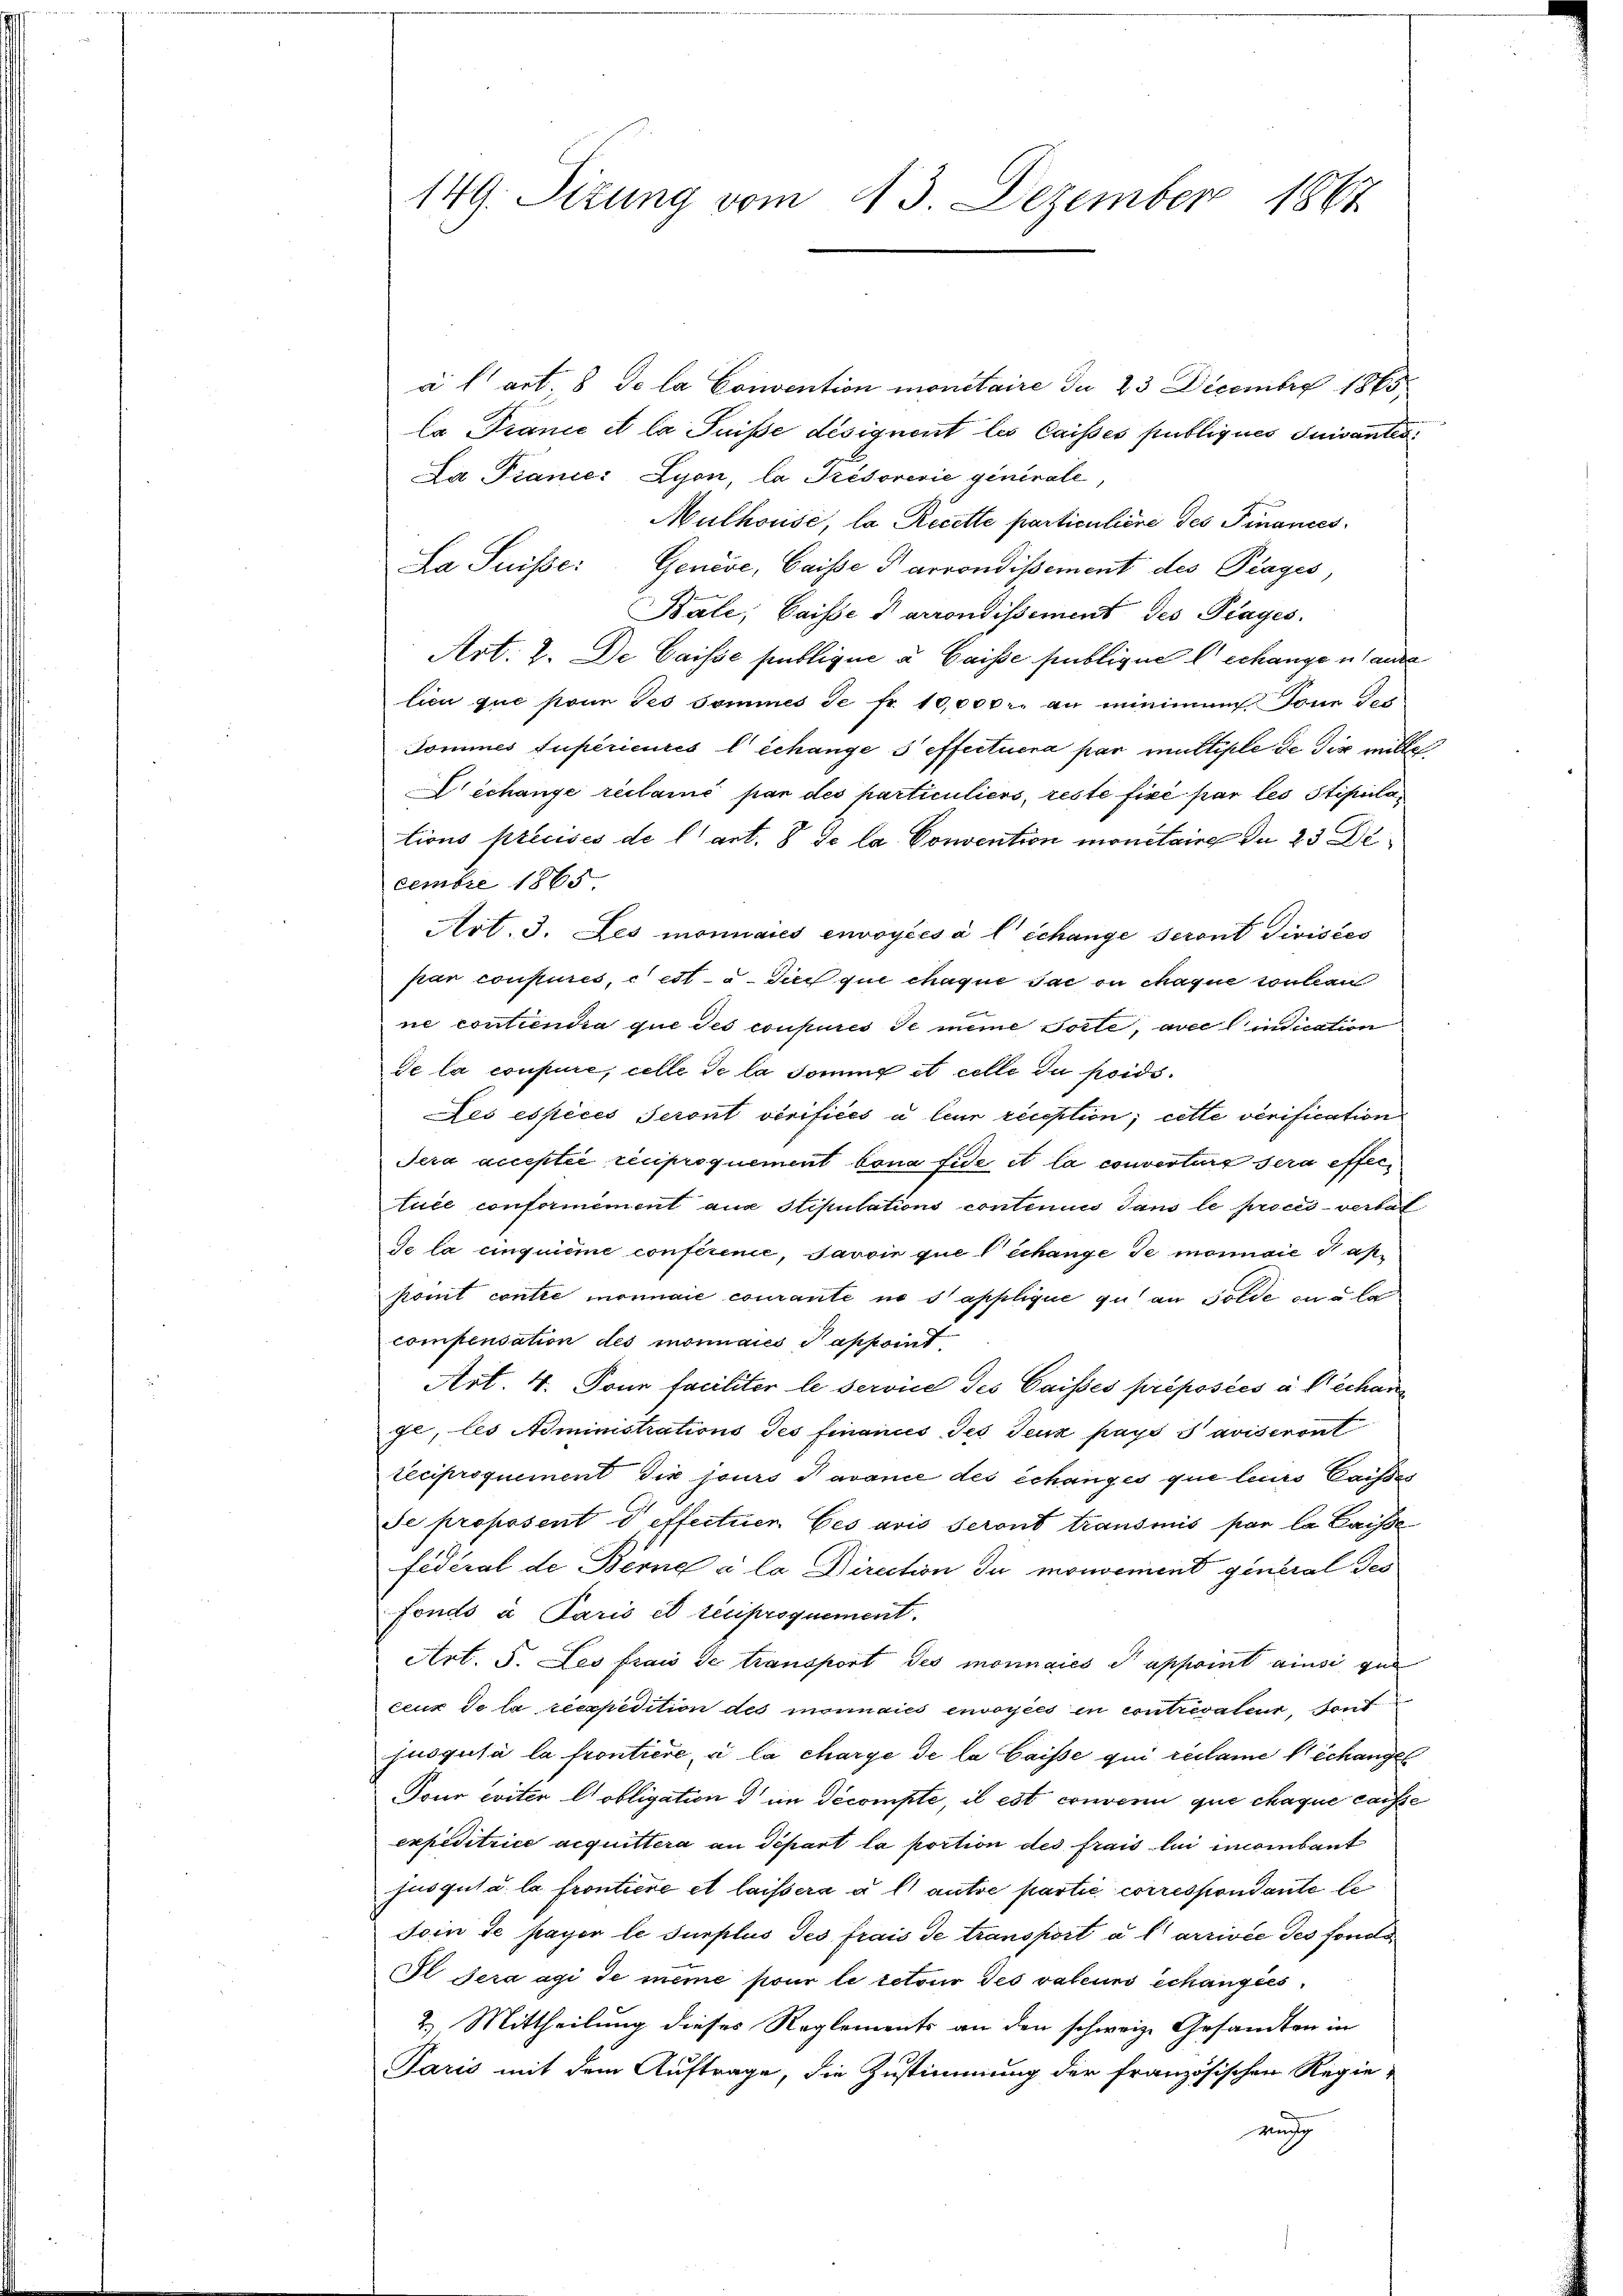
149. Sizung vom 13. Dezember 1867

à l art. 8 de la Convention monetaire du 23 Decembre 1865
la France et la Suisse désignent les Caisses publiques suivantes
La Pianie: Lyon, la Présorević generale,
Mulhouise, la Recette particuliere des Finances.
La Suisse: Genève, Caisse d arrondissement des Prages,
Bale; Caisses arrondissement des Prages,
Art. 2. De Caisse publique u. Gaisse hinbligen Dechange u. laute
lien que sonn des Sommes de fr. 10,000. an minimum Tone Tei-
Tomines supérieures l’échange s effectuera par multiple de dir mitte
Dechange reclamé par des particuliers, reste fixé par les Stipulations précisés de l’art. 8 Se la Convention monitaire du 23 Dicembre 1865
Art. 3. Les monnaies envoyées à l échange seront divisées
pan consures, cett- u. die que chaque sac ou chaque soeben
ne contiendra que des coupures Je meine Torte, avec l’indication
de la coupure, celle de la domine et celle du poids¬
Les espèces Seront vérifiées à leur reception; cette verification
Sera acceptie reciproquement bona fide et la converture sera effer
tuée conformément aux stipulations continues Jans le procès-verbal
de la cinquieme conférence, Javoin que échange de monnaie 3 apponit contre monnaie courante ne s’applique gut an Solde an u la
compensation des monnaies Tappoint
Art. 4. Ponn faciliter le service des Caissés préposées à déchan
ge, les Noministrations des finances des Teux pays s aviseront
teciproquement die jours avance des échanges que leurs Caiser
Se proposent d effectiren Cesario seront transmis par la caisse
fédéral de Berne à la Direction du mouvement general des
Fonds a Paris et reciproquement.
Art. 5. Les frais de transport des monnaies et appoint ainsi qu
ceux de la reexpedition des monnaies envoyées in contrevaleur, sont
jusqusa la frontiere, à la charge de la Gaisse qui reclame déchangel
Tour éviter obligation d im Decompte, il est convenir que chaque caisse
expeditrice acquittera an Depart la portion des frais lui incombant
jusguta la frontiere et laissera à l’autre partie correspondante le
soin de payer le surplus Jes frais de transport a l arrivée des fonde
Il sera agi de même pour le retour des valeurs échangees
2.) Mittheilung dieses Reglements an den schweiz. Gesandten in
Paris mit dem Auftrage, die Zustimmung der französischen Regie-
wurg